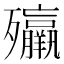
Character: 㱻